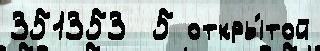
351353  5 откры́той